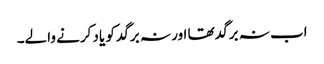
اب نہ برگد تھا اور نہ برگد کو یاد کرنے والے۔